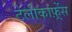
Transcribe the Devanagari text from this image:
टेलीकांफ़्रेंस